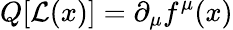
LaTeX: Q[{\mathcal{L}}(x)]=\partial_{\mu}f^{\mu}(x)